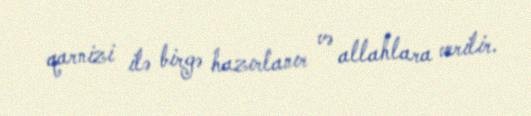
qarnizi ilə birgə hazırlanır və allahlara verilir.